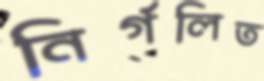
নির্গলিত